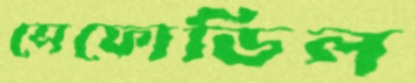
সেফোডিল